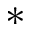
\ast